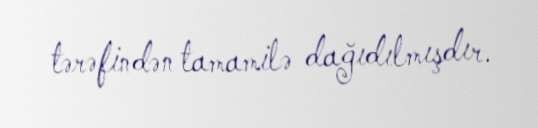
tərəfindən tamamilə dağıdılmışdır.